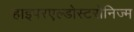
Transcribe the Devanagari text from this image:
हाइपरएल्डोस्टरोनिज्म